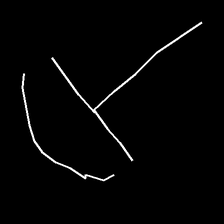
Glyph: dispersion